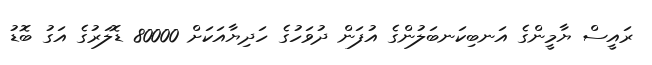
ރައީސް ޔާމީންގެ އަނބިކަނބަލުންގެ އުފަން ދުވަހުގެ ހަދިޔާއަކަށް 80000 ޑޮލަރުގެ އަގު ބޮޑު